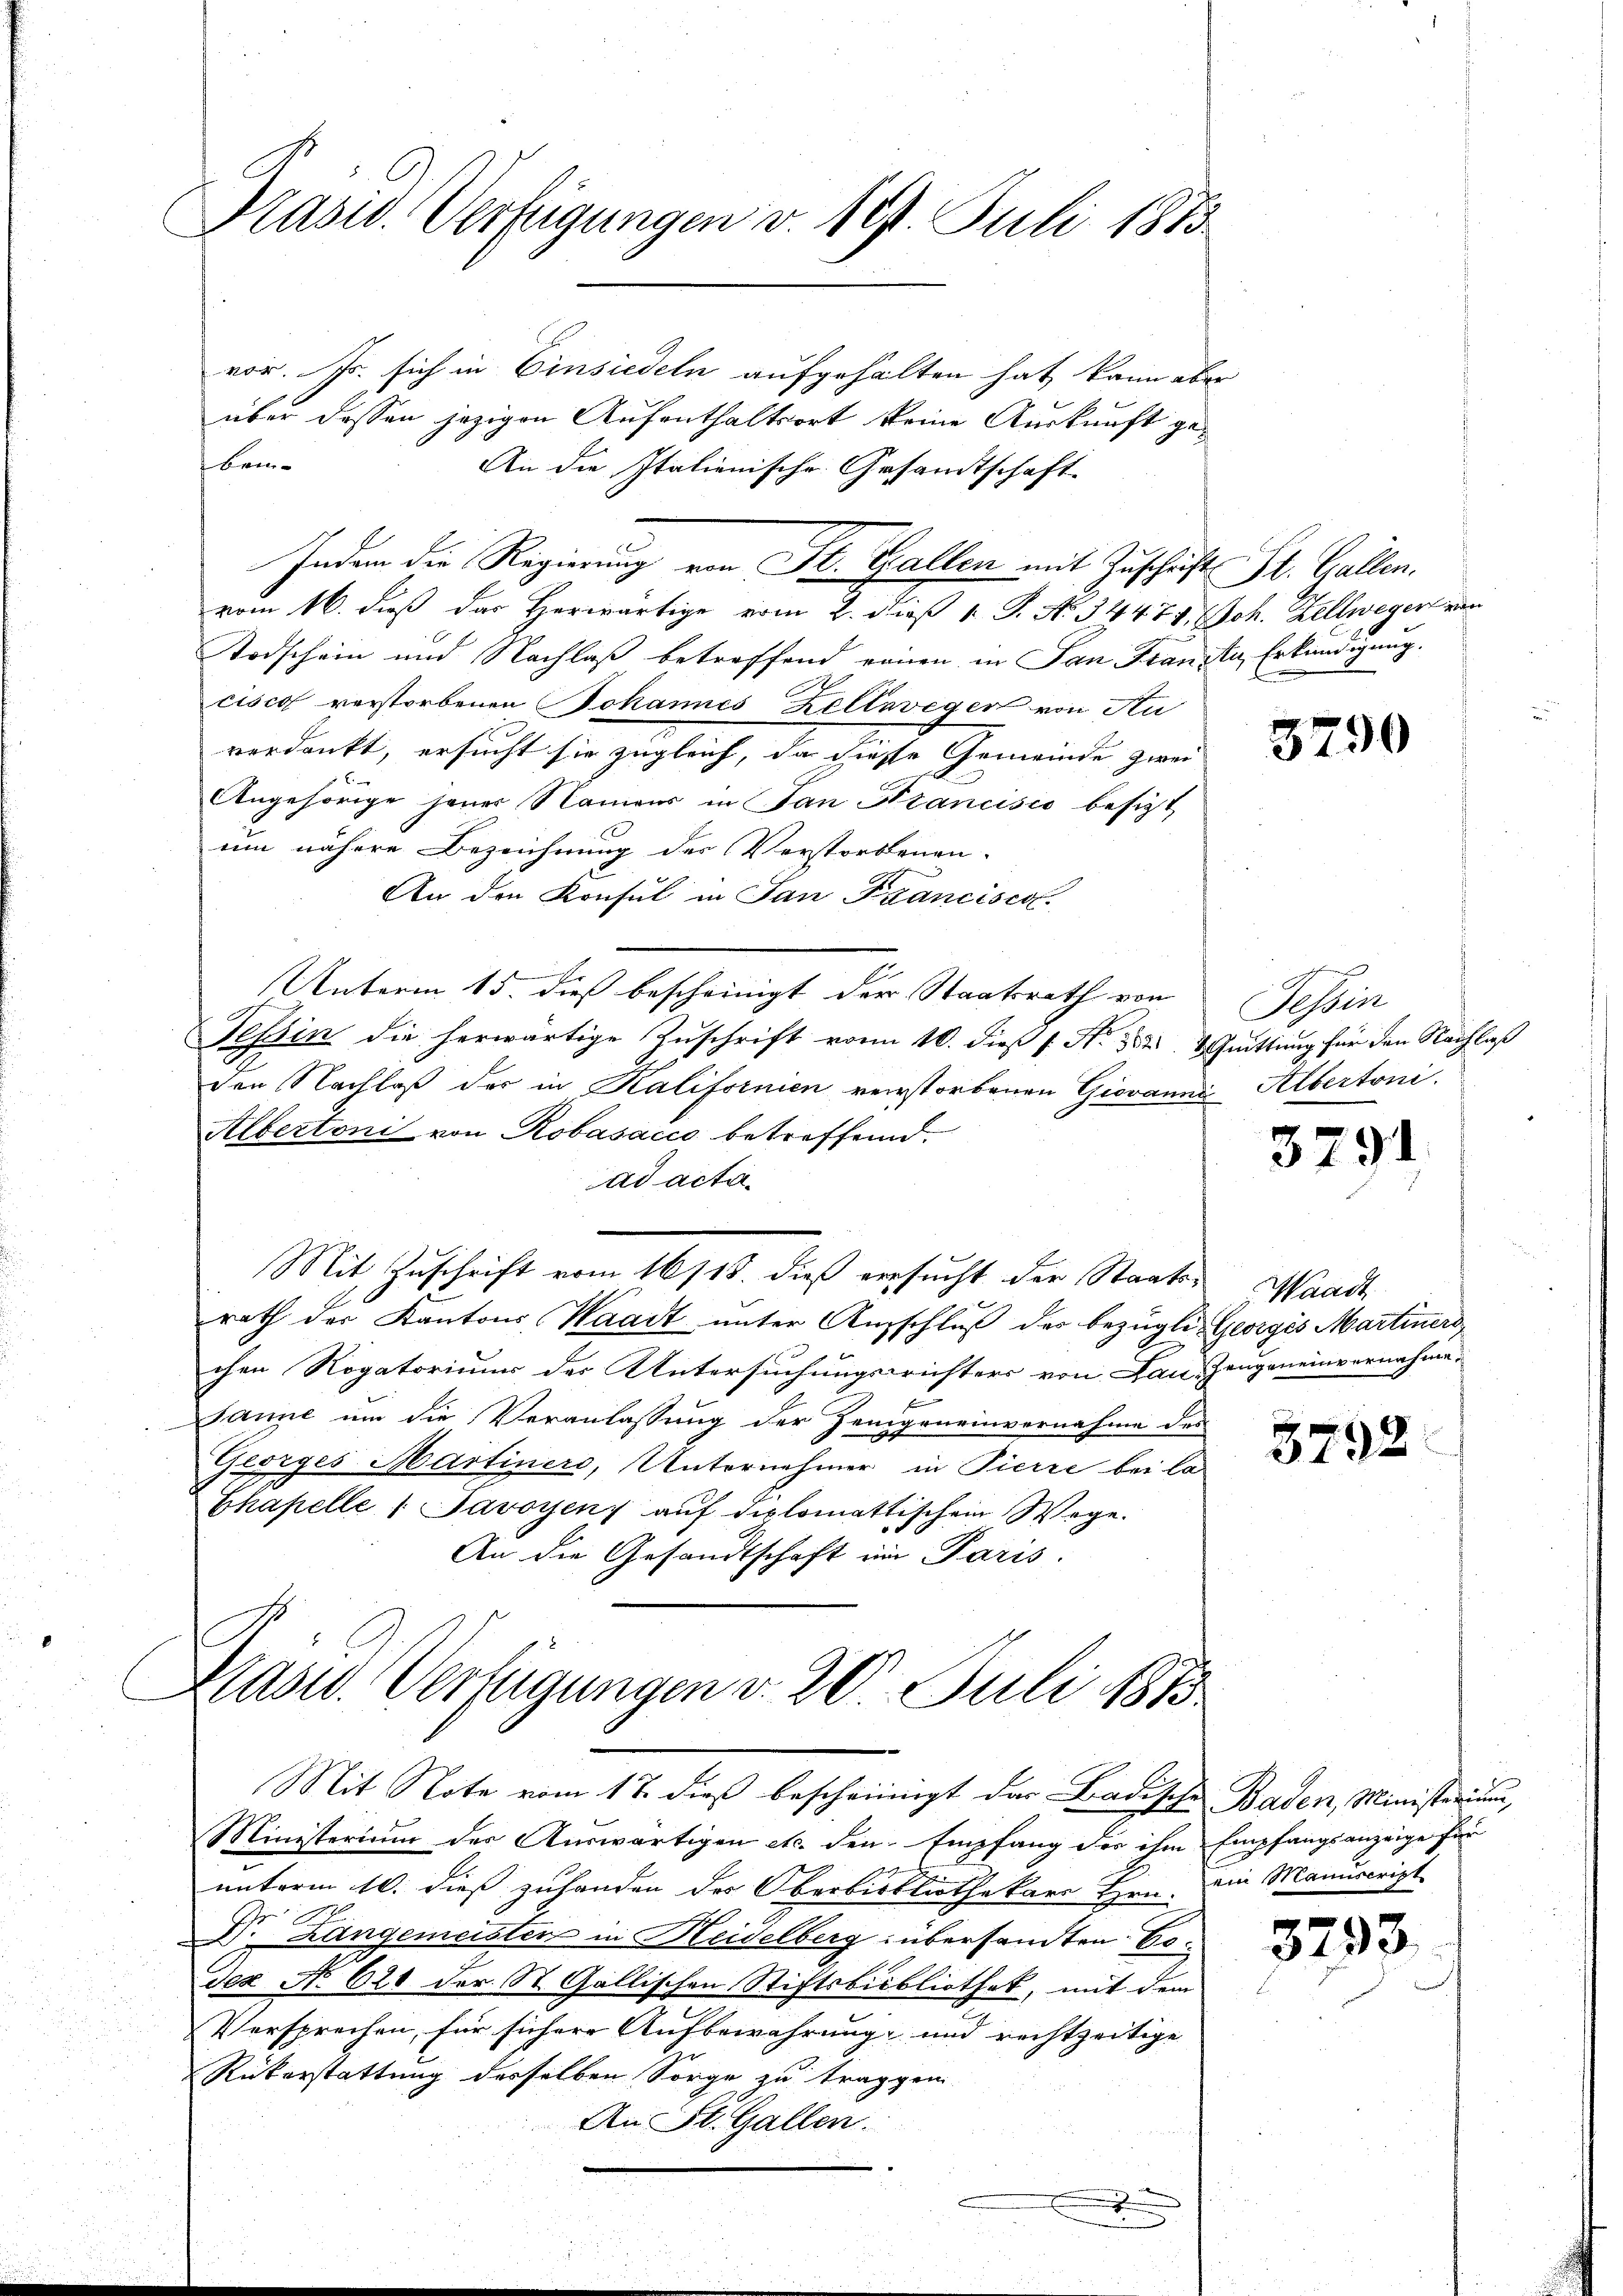
Präsid. Verfügungen v. 10. Juli 1873

vor. Js. sich in Einsiedeln aufgehalten hat, kann aber
über dessen jezigen Aufenthaltsort keine Auskunft ge¬
Bei-
An die Italienische Gesandtschaft.
vom 16. dieß das Herwärtige vom 2. daß 1 S. No. 34474. Joh. Zellwegen ein
Todschein und Nachlaß betreffend einen in San Franzen, Erkundigung.
cisco verstorbenen Johannes Zeltaveger von Au
verdankt, ersucht sie zugleich, da diese Gemeinde zwei
Angehörige jener Namens in San Francisio besitzt.
um nähere Bezeichnung des Verstorbenen-
An den Konsul in San Francisco.
x
Unterm 15. dieß bescheinigt der Staatsrath von
Tessin die herwärtige Zuschrift von 10. dieß s. N. 882. Quittung für den Nachlaß
den Nachlaß der in Kalifornien verstorbenen Giovanni Albertoni.
Albertoni von Robasacco betreffend.
ad acta
Mit Zuschrift vom 16/18. dieß versucht der Staatsrath der Kantons Waadt unter Ausschluß der bezügli Georges Martinners
chen Rogatoriums des Untersuchungsrichters von Lau, Zeugeneinvernahme-
Janne um die Veranlassung der Zanggeneinvernahme des
Georges Martiners, Unternehmer in Pierre bei la
Chapelle 1 Savoyens auf diplomatischem Wege.
An die Gesandtschaft im Paris.
Masw. Verfügungen v. 20. Juli 1815

Ministerium der Auswärtigen etc. den Empfang der ihm Empfangsanzeige für
unterm 10. dieß zuhanden des Oberbibliothekars Hrn. ein Manuscript
Dr. Langemeister in Heidelberg übersandten 60.
Tex No 620 der St. Gallischen Stiftsbibliothek, mit dem
Versprechen, für sichere Aufbewahrung und rechtzeitige
Rükerstattung desselben Sorge zu traggen
An St. Gallen.

Indem die Regierung von St. Gallen mit Zuschäft St. Gallen.

Mit Note vom 17. dieß bescheinigt das Badische Baden, Ministerium,

3790

Tessin

3791

Waadt

3792

3793